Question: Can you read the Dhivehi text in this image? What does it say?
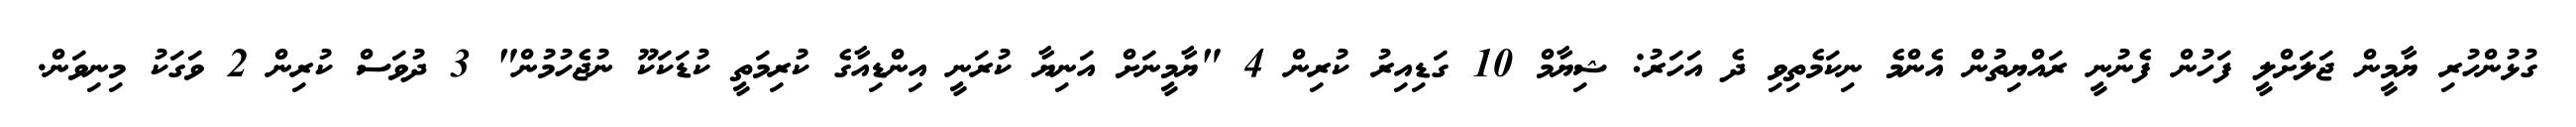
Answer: ގުޅުންހުރި ޔާމީން ޖަލަށްލީ ފަހުން ފެނުނީ ރައްޔިތުން އެންމެ ނިކަމެތިވި ދެ އަހަރު: ޝިޔާމް 10 ގަޑިއިރު ކުރިން 4 "ޔާމީނަށް އަނިޔާ ކުރަނީ އިންޑިއާގެ ކުރިމަތީ ކުޑަކަކޫ ނުޖެހުމުން" 3 ދުވަސް ކުރިން 2 ވަގަކު މިނިވަން.